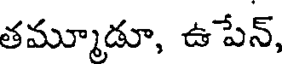
తమ్మూడూ, ఉపేన్,